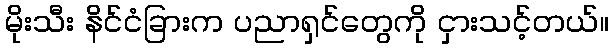
မိုးသီး နိင်ငံခြားက ပညာရှင်တွေကို ငှားသင့်တယ်။